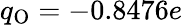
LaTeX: q_{\mathrm{O}}=-0.8476e